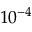
1 0 ^ { - 4 }